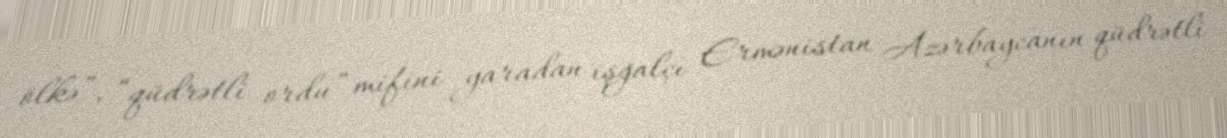
ölkə”, “qüdrətli ordu” mifini yaradan işğalçı Ermənistan Azərbaycanın qüdrətli